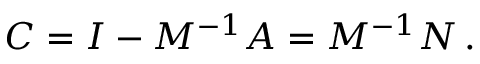
C = I - M ^ { - 1 } A = M ^ { - 1 } N \, .